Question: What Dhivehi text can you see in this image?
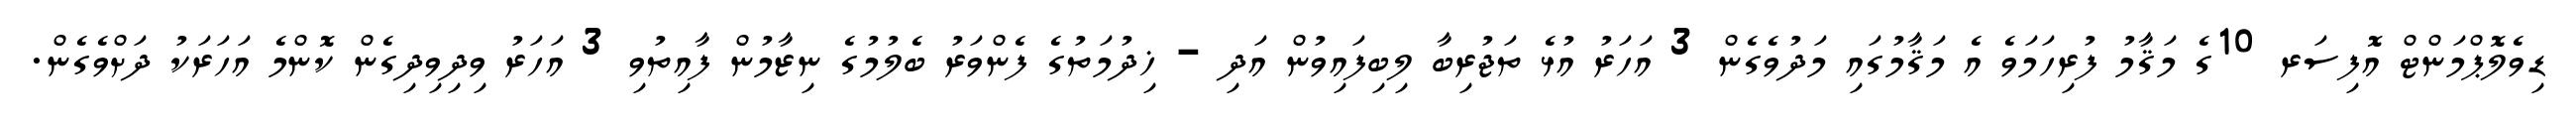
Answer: ޑިވެލޮޕްމަންޓް އޮފިސަރ 10ގެ މަޤާމު ފުރިހަމަވެ އެ މަޤާމުގައި މަދުވެގެން 3 އަހަރު އުޅެ ތަޖުރިބާ ލިބިފައިވުން އަދި - ޚިދުމަތުގެ ފެންވަރު ބެލުމުގެ ނިޒާމުން ފާއިތުވި 3 އަހަރު ވިދިވިދިގެން ކޮންމެ އަހަރަކު ދަށްވެގެން.